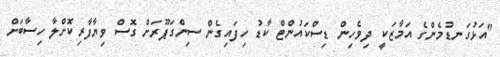
"އަޅުގަނޑުމެންގެ އަމާޒަކީ ދިވެހިން ޑިސްކައުންޓް ކާޑު ހިފައިގެން ސިންގަޕޫރަށް ގޮސް ވިޔާފާރިކޮށްލާ ހިސާބަށް